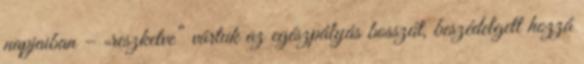
napjaiban – „reszketve” vártuk az egészpályás bosszút, beszédelgett hozzá